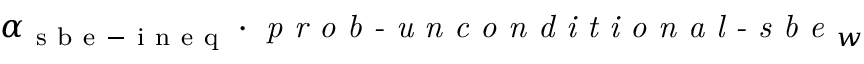
\alpha _ { \mathrm { ~ s ~ b ~ e ~ - ~ i ~ n ~ e ~ q ~ } } \cdot \textit { p r o b - u n c o n d i t i o n a l - s b e } _ { w }